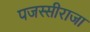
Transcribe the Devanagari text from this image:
पजस्सीराजा